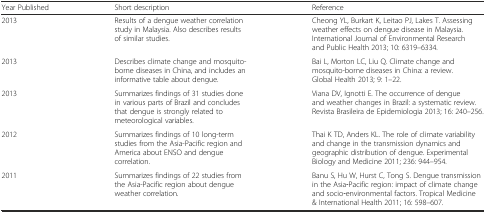
<table><thead><tr><td><b>Year Published</b></td><td><b>Short description</b></td><td><b>Reference</b></td></tr></thead><tbody><tr><td>2013</td><td>Results of a dengue weather correlation study in Malaysia. Also describes results of similar studies.</td><td>Cheong YL, Burkart K, Leitao PJ, Lakes T. Assessing weather effects on dengue disease in Malaysia. International Journal of Environmental Research and Public Health 2013; 10: 6319–6334.</td></tr><tr><td>2013</td><td>Describes climate change and mosquito-borne diseases in China, and includes an informative table about dengue.</td><td>Bai L, Morton LC, Liu Q. Climate change and mosquito-borne diseases in China: a review. Global Health 2013; 9: 1–22.</td></tr><tr><td>2013</td><td>Summarizes findings of 31 studies done in various parts of Brazil and concludes that dengue is strongly related to meteorological variables.</td><td>Viana DV, Ignotti E. The occurrence of dengue and weather changes in Brazil: a systematic review. Revista Brasileira de Epidemiologia 2013; 16: 240–256.</td></tr><tr><td>2012</td><td>Summarizes findings of 10 long-term studies from the Asia-Pacific region and America about ENSO and dengue correlation.</td><td>Thai K TD, Anders KL. The role of climate variability and change in the transmission dynamics and geographic distribution of dengue. Experimental Biology and Medicine 2011; 236: 944–954.</td></tr><tr><td>2011</td><td>Summarizes findings of 22 studies from the Asia-Pacific region about dengue weather correlation.</td><td>Banu S, Hu W, Hurst C, Tong S. Dengue transmission in the Asia‐Pacific region: impact of climate change and socio‐environmental factors. Tropical Medicine &amp; International Health 2011; 16: 598–607.</td></tr></tbody></table>